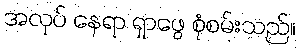
အလုပ် နေရာ ရှာဖွေ စုံစမ်းသည်။